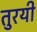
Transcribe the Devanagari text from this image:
तुरयी